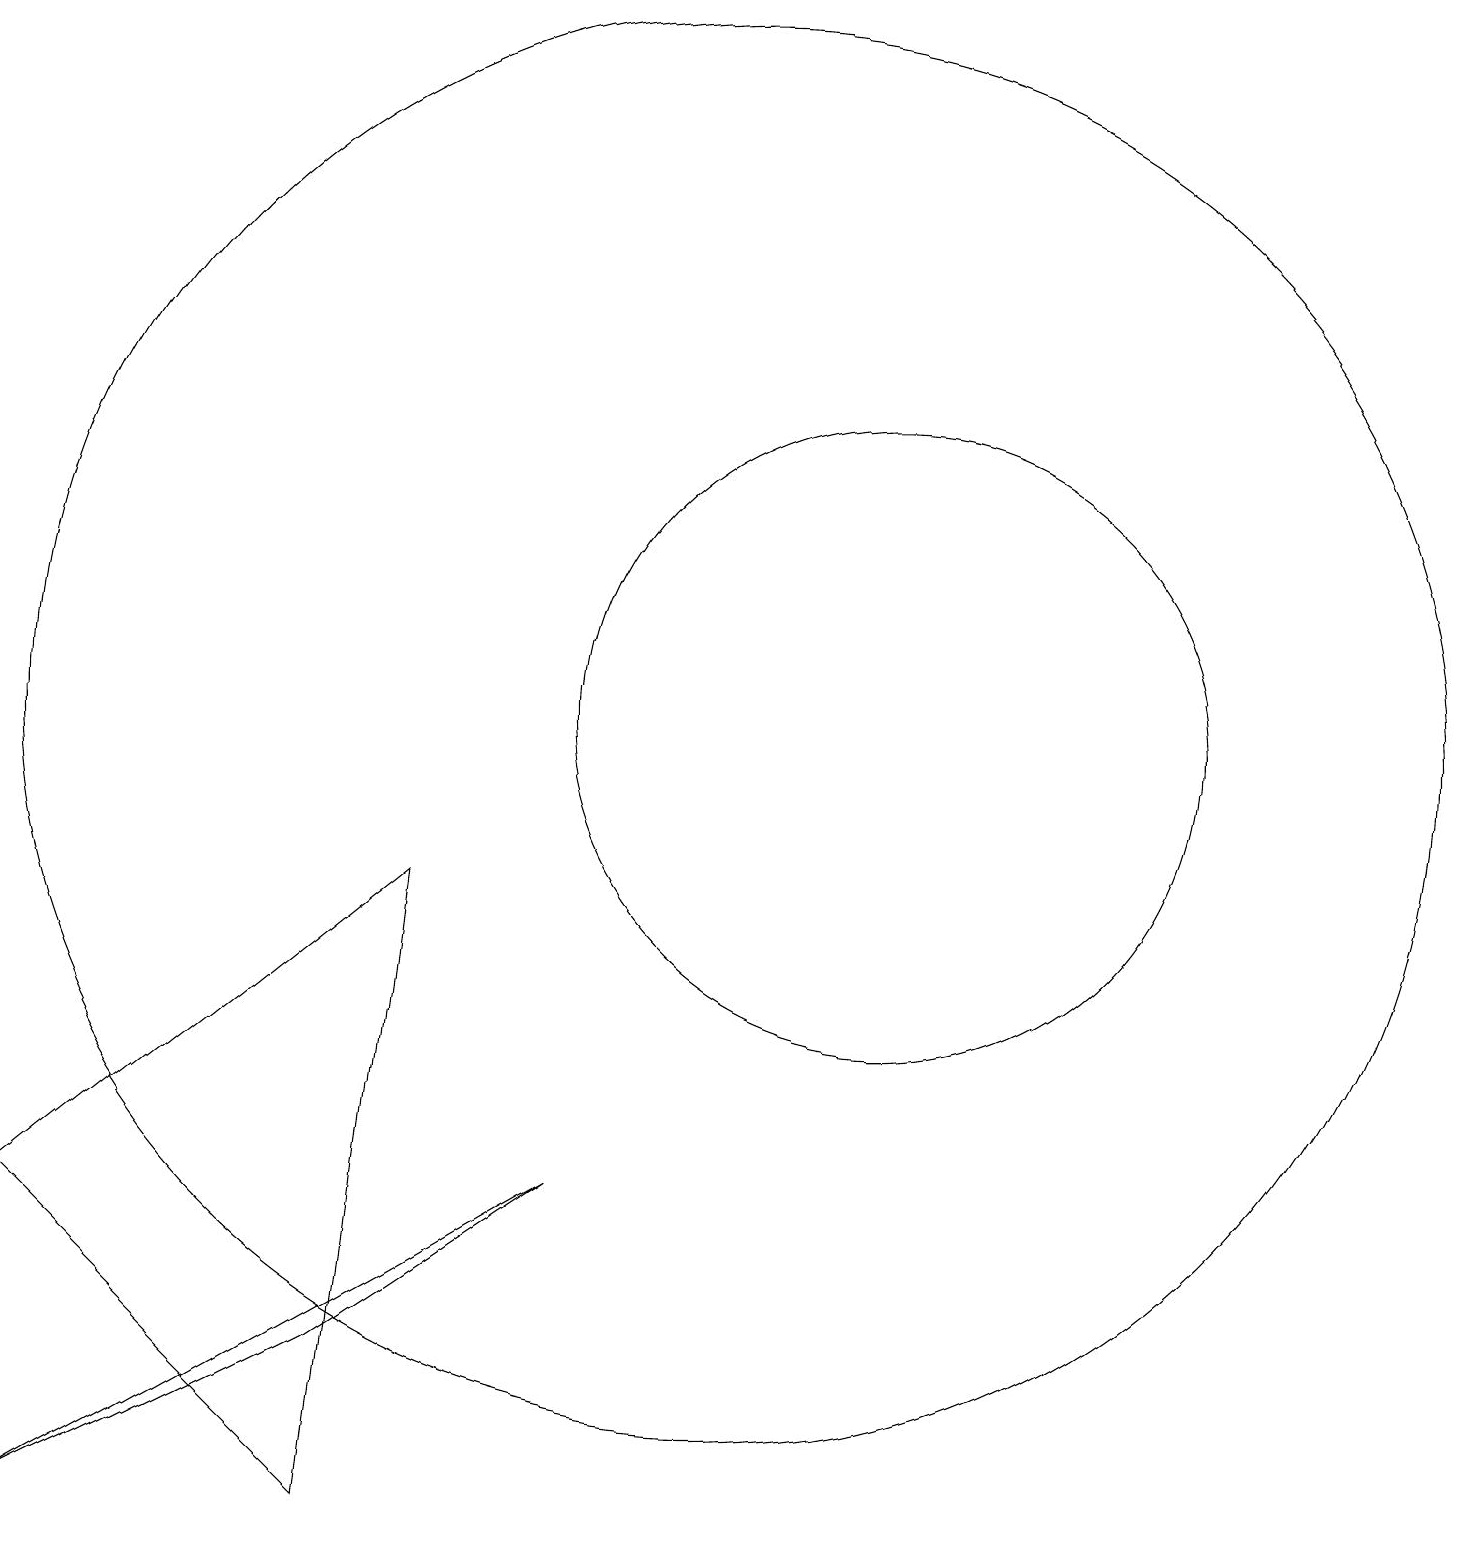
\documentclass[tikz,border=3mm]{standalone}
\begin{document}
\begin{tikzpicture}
\draw (12,11) circle (4);
\draw (10,11) circle (9);
\draw (8,5) -- (5,3) -- (1,1) -- cycle;
\draw (6,9) -- (1,5) -- (5,1) -- cycle;
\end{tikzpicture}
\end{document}